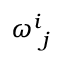
\omega _ { \ j } ^ { i }